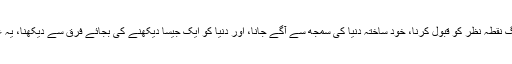
تقابلی ادیان کے مطالعے کا مقصد وہی ہے جو تعلیم حاصل کرنے کا ہے، یعنی الگ نقطہ نظر کو قبول کرنا، خود ساختہ دنیا کی سمجھ سے آگے جانا، اور دنیا کو ایک جیسا دیکھنے کی بجائے فرق سے دیکھنا، یہ عظیم خیالات ہیں اور آج ہمیں ان پر پہلے سے زیادہ دھیان دینے کی ضرورت ہے۔